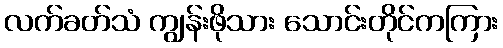
လက်ခတ်သံ ကျွန်းဖိုသား သောင်းတိုင်ကကြား